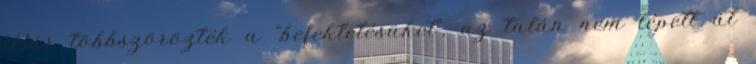
Bár többszörözték a "befektetésüket", az talán nem lépett át